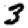
Digit: 3